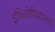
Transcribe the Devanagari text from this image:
इथिओपियामध्ये